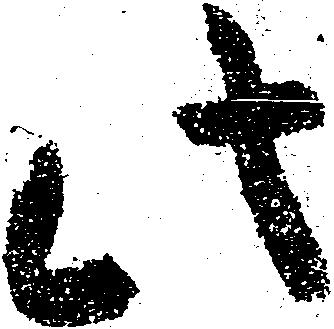
此